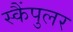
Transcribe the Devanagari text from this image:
स्कैंपुलर